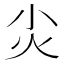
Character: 𡭞